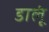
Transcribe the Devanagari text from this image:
डालूं